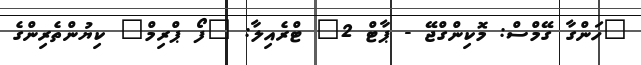
"ހަންގާ ގޭމްސް: މޮކިންގްޖޭ - ޕާޓް 2" ޓްރެއިލާ: "ފޯ ޕްރިމް" ކިޔުންތެރިންގެ